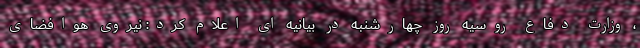
، وزارت دفاع روسیه روز چهارشنبه در بیانیه ای اعلام کرد: نیروی هوافضای